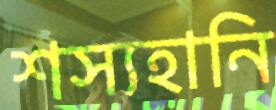
শস্যহানি